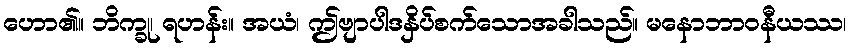
ဟော၏။ ဘိက္ခု၊ ရဟန်း။ အယံ၊ ဤဗျာပါဒနှိပ်စက်သောအခါသည်။ မနောဘာဝနီယဿ၊